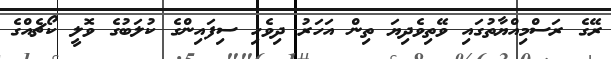
ރޭގެ ރަސްމިއްޔާތުގައި ވޭތިވެދިޔަ ތިން އަހަރު ދިވެހި ސިފައިންގެ ކުލަބުގެ ވޮލީ ކޯޗެއްގެ